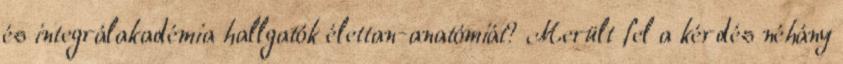
és integrálakadémia hallgatók élettan-anatómiát? Merült fel a kérdés néhány